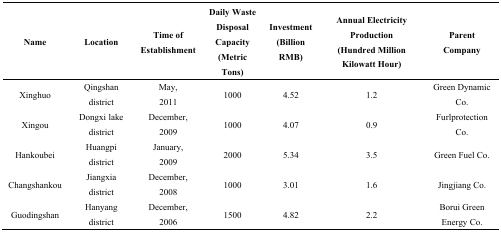
<table><thead><tr><td><b>Name </b></td><td><b>Location</b></td><td><b>Time of Establishment</b></td><td><b>Daily Waste Disposal Capacity (Metric Tons)</b></td><td><b>Investment (Billion RMB)</b></td><td><b>Annual ElectricityProduction (Hundred Million Kilowatt Hour)</b></td><td><b>Parent Company</b></td></tr></thead><tbody><tr><td>Xinghuo </td><td>Qingshan district</td><td>May, 2011</td><td>1000</td><td>4.52</td><td>1.2</td><td>Green Dynamic Co. </td></tr><tr><td>Xingou</td><td>Dongxi lake district</td><td>December, 2009</td><td>1000</td><td>4.07</td><td>0.9</td><td>Furlprotection Co. </td></tr><tr><td>Hankoubei</td><td>Huangpi district</td><td>January, 2009</td><td>2000</td><td>5.34</td><td>3.5</td><td>Green Fuel Co.</td></tr><tr><td>Changshankou</td><td>Jiangxia district</td><td>December, 2008</td><td>1000</td><td>3.01</td><td>1.6</td><td>Jingjiang Co.</td></tr><tr><td>Guodingshan</td><td>Hanyang district</td><td>December, 2006</td><td>1500</td><td>4.82</td><td>2.2</td><td>Borui Green Energy Co.</td></tr></tbody></table>